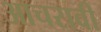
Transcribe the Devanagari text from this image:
आचरावी